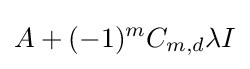
A+(-1)^{m}C_{m,d}\lambda I